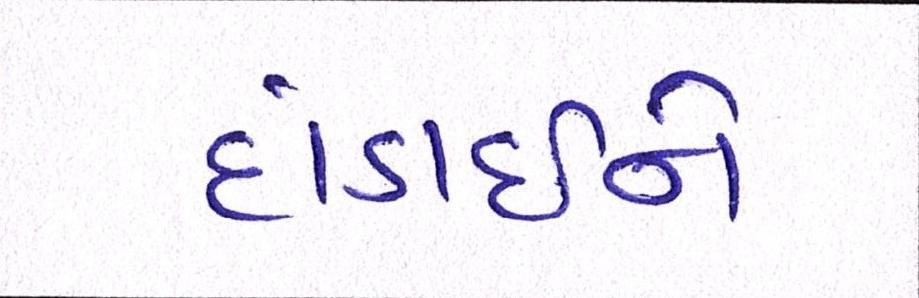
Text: દાંડાઈને